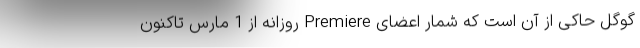
گوگل حاکی از آن است که شمار اعضای Premiere روزانه از 1 مارس تاکنون